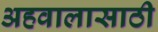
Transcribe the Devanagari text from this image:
अहवालासाठी